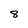
Character: 8